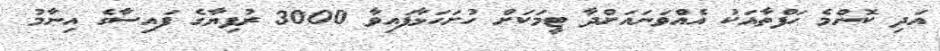
އަދި ކޮންމެ ހަފްތާއަކު އެއްވަނައަށްދާ ޓީމަކަށް ހުށަހަޅާފައިވާ 3000 ރުފިޔާގެ ފައިސާގެ އިނާމު